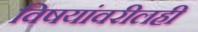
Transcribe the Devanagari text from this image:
विषयांवरीलही